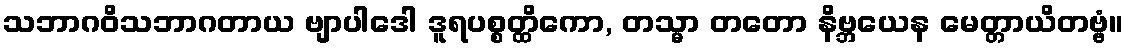
သဘာဂဝိသဘာဂတာယ ဗျာပါဒေါ ဒူရပစ္စတ္ထိကော, တသ္မာ တတော နိဗ္ဘယေန မေတ္တာယိတဗ္ဗံ။